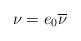
\begin{align*} \nu = e_0 \overline{\nu} \end{align*}